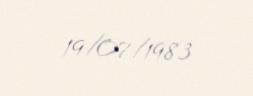
19/07/1983